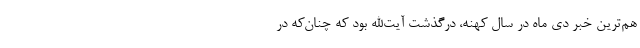
هم‌ترین خبر دی ماه در سال کهنه، درگذشت آیت‌الله بود که چنان‌که در